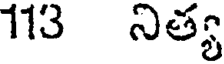
113 నిత్య